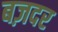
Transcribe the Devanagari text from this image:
बज़दर